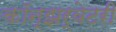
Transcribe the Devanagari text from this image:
कॉन्झर्वेटरी